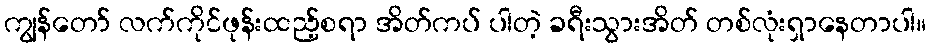
ကျွန်တော် လက်ကိုင်ဖုန်းထည့်စရာ အိတ်ကပ် ပါတဲ့ ခရီးသွားအိတ် တစ်လုံးရှာနေတာပါ။